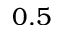
0 . 5